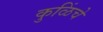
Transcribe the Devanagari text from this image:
कुळिंचे